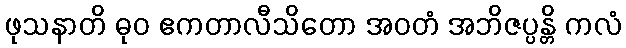
ဖုသနာတိ ဓုဝ ဧကတာလီသိတော အဝတံ အဘိဇပ္ပန္တိ ကလံ